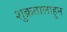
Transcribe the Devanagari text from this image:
शुक्रतालाहून